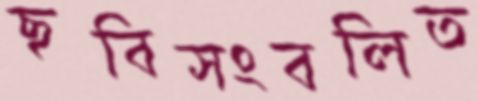
ছবিসংবলিত